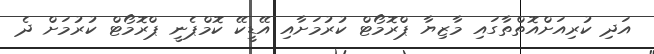
އަދި ކުރިއަށްއޮތްތާގައި މާޒިޔާ ޕްރޮމޯޓް ކުރުމަށާއި އޭޑީކޭ ކޮމްޕެނީ ޕްރޮމޯޓް ކުރުމަށް ދެ